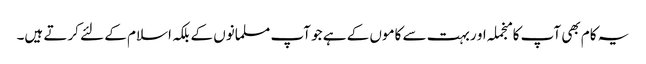
یہ کام بھی آپ کا منجملہ او ربہت سے کاموں کے ہے جو آپ مسلمانوں کے بلکہ اسلام کے لئے کرتے ہیں۔